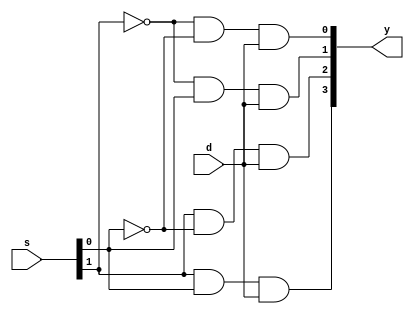
`timescale 1ns / 1ps
//////////////////////////////////////////////////////////////////////////////////
// Company: 
// Engineer: 
// 
// Design Name: 
// Module Name:    demux_datapath 
// Project Name: 
// Target Devices: 
// Tool versions: 
// Description: 
//
// Dependencies: 
//
// Revision: 
// Revision 0.01 - File Created
// Additional Comments: 
//
//////////////////////////////////////////////////////////////////////////////////
module demux_datapath(d,s,y);
input d;
input[1:0]s;
output[3:0]y;
assign y[0]=(~s[1]&~s[0]&d);
assign y[1]=(~s[1]&s[0]&d);
assign y[2]=(s[1]&~s[0]&d);
assign y[3]=(s[1]&s[0]&d);
endmodule